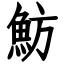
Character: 魴